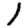
Digit: 1